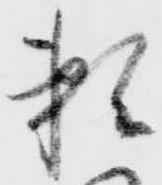
頼